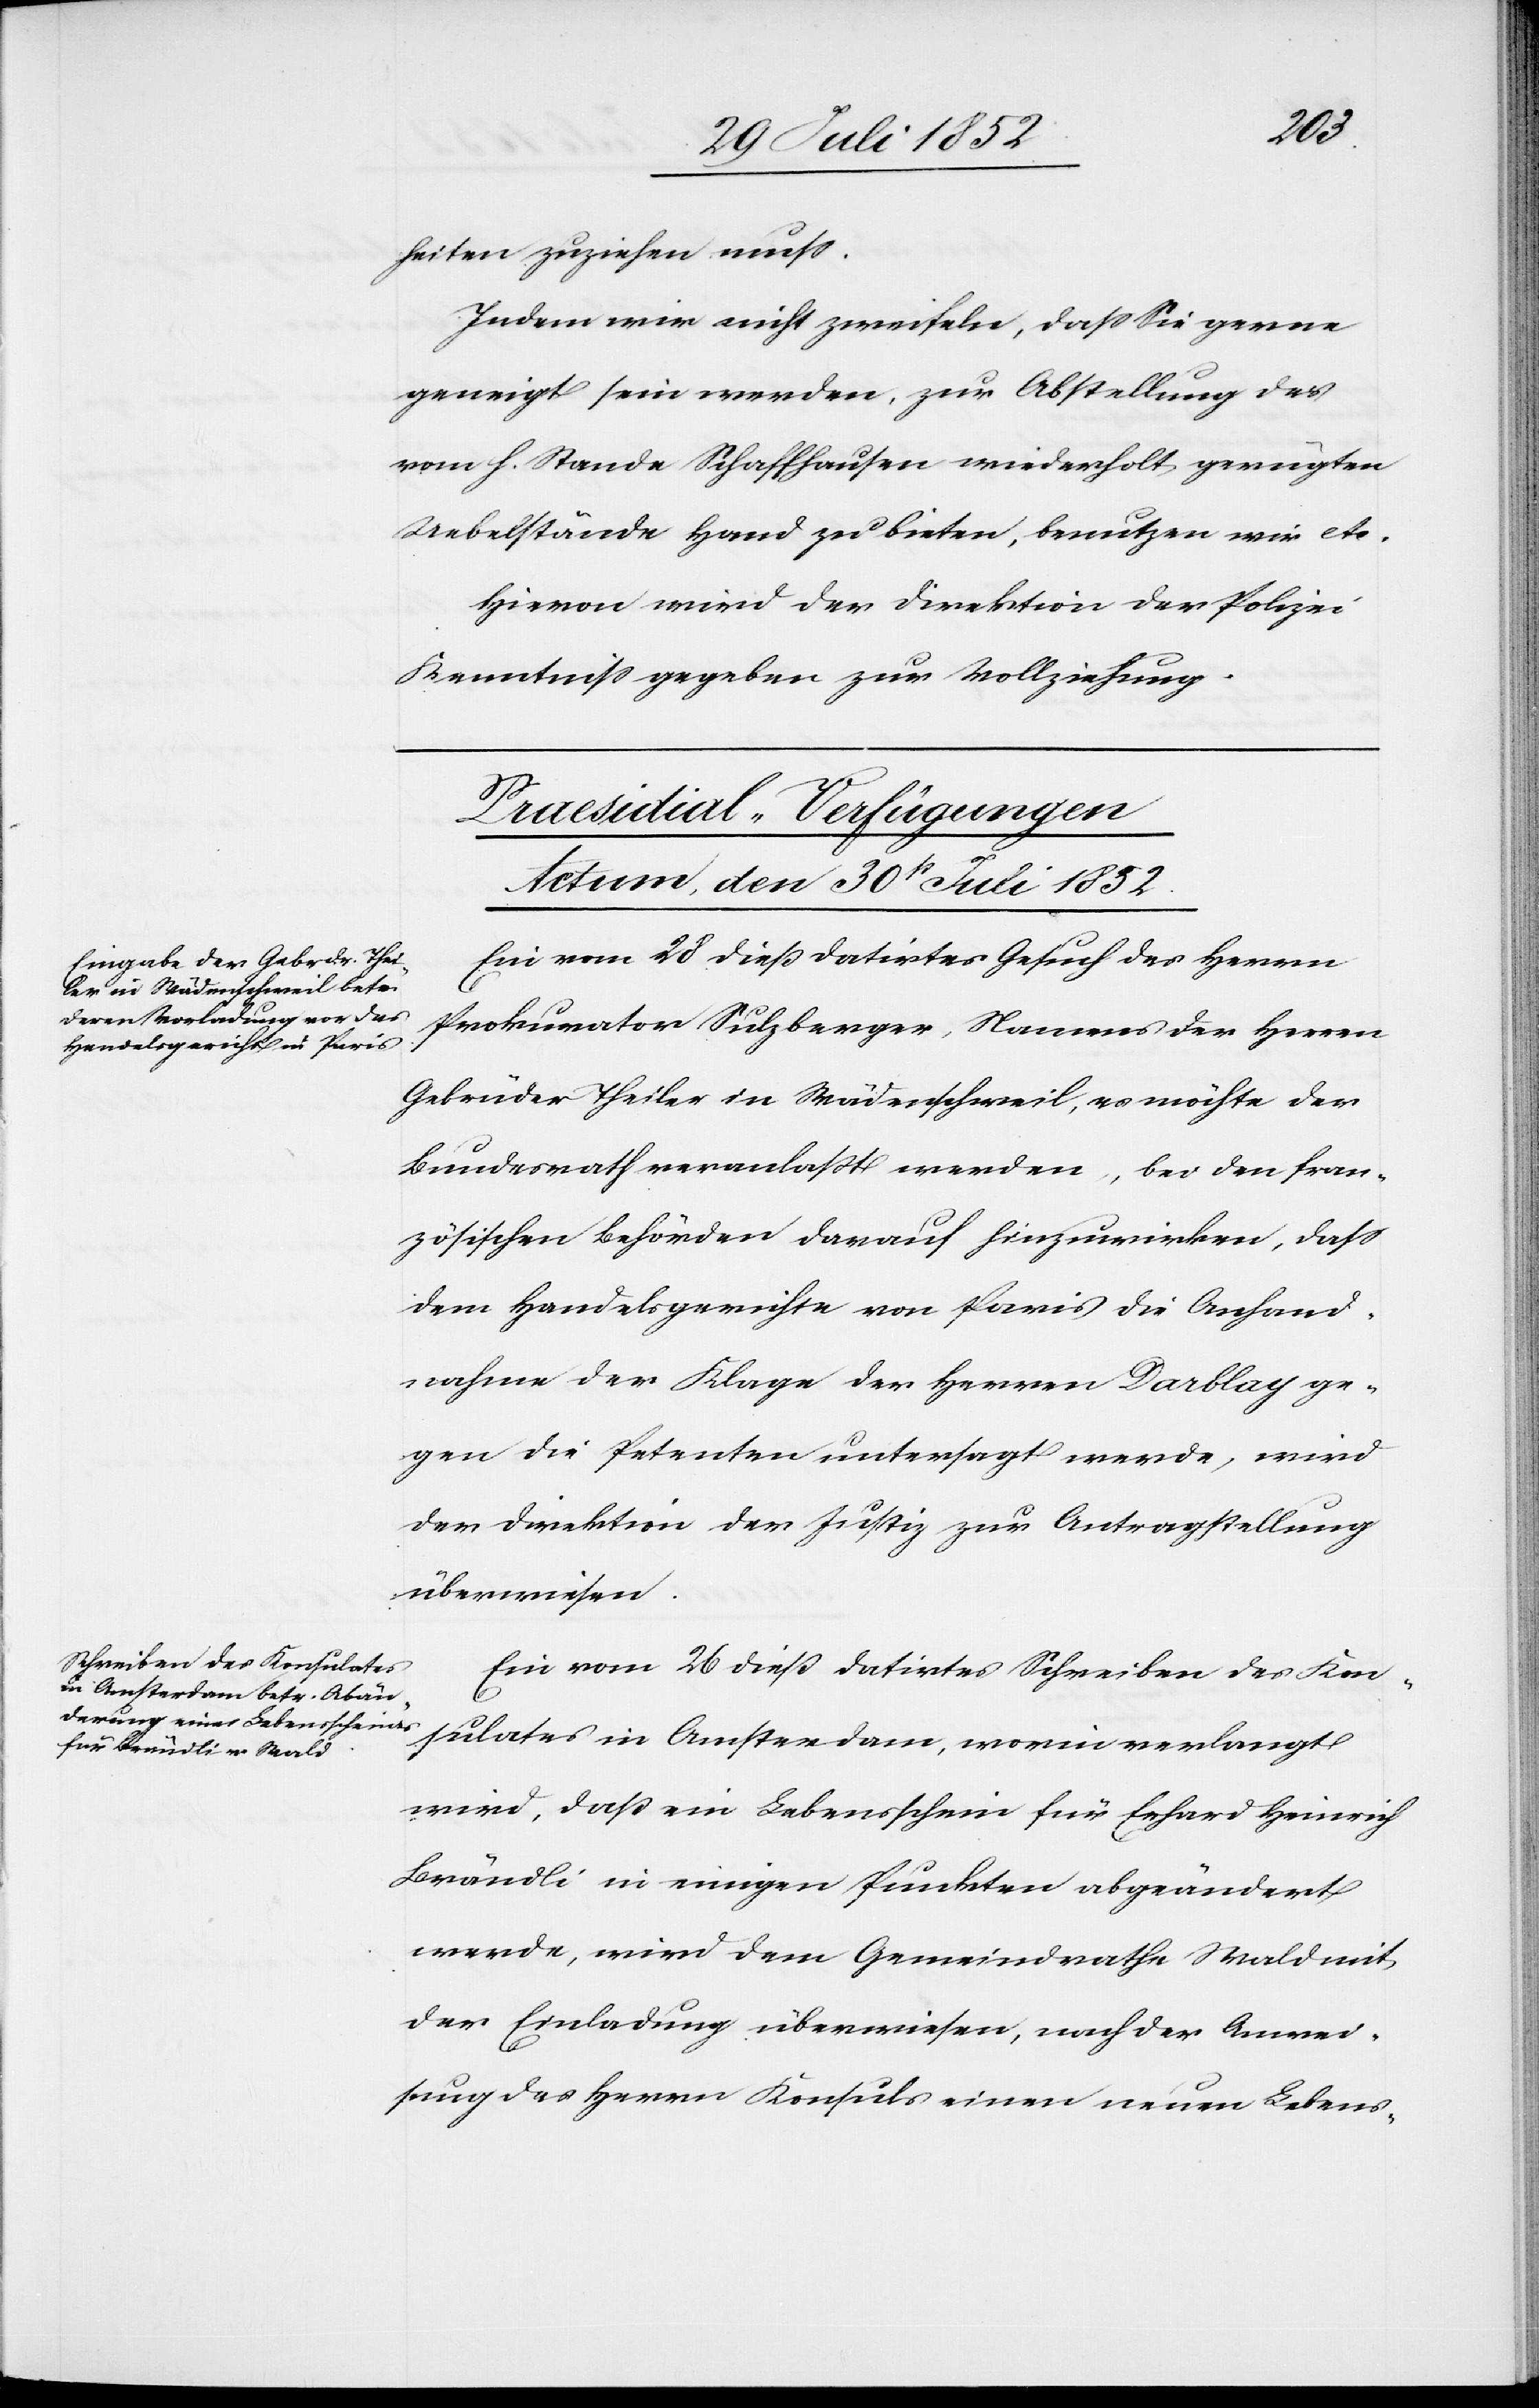
heiten zuziehen muss.
Indem wir nicht zweifeln, dass Sie gerne
geneigt sein werden, zur Abstellung der
vom h. Stande Schaffhausen wiederholt gerügten
Uebelstände Hand zu bieten, benutzen wir etc.
Hievon wird der Direktion der Polizei
Kenntniss gegeben zur Vollziehung.
[Praesidial-Verfügungen
Actum, den 30st Juli 1852.]
Ein vom 28 dieß datirtes Gesuch des Herrn
Prokurator Sulzberger, Namens der Herren
Gebrüder Theiler in Wädenschweil, es möchte der
Bundesrath veranlaßt werden, bei den fran¬
zösischen Behörden darauf hinzuwirken, dass
dem Handelsgerichte von Paris die Anhand¬
nahme der Klage der Herren Darblay ge¬
gen die Petenten untersagt werde, wird
der Direktion der Justiz zur Antragstellung
überwiesen.
Ein vom 26 dieß datirtes Schreiben des Kon¬
sulates in Amsterdam, worin verlangt
wird, daß ein Lebensschein für Erhard Heinrich
Brändli in einigen Punkten abgeändert
werde, wird dem Gemeindrathe Wald mit
der Einladung überwiesen, nach der Anwei¬
sung des Herrn Konsuls einen neuen Lebens-